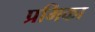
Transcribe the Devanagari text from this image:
प्रमिका